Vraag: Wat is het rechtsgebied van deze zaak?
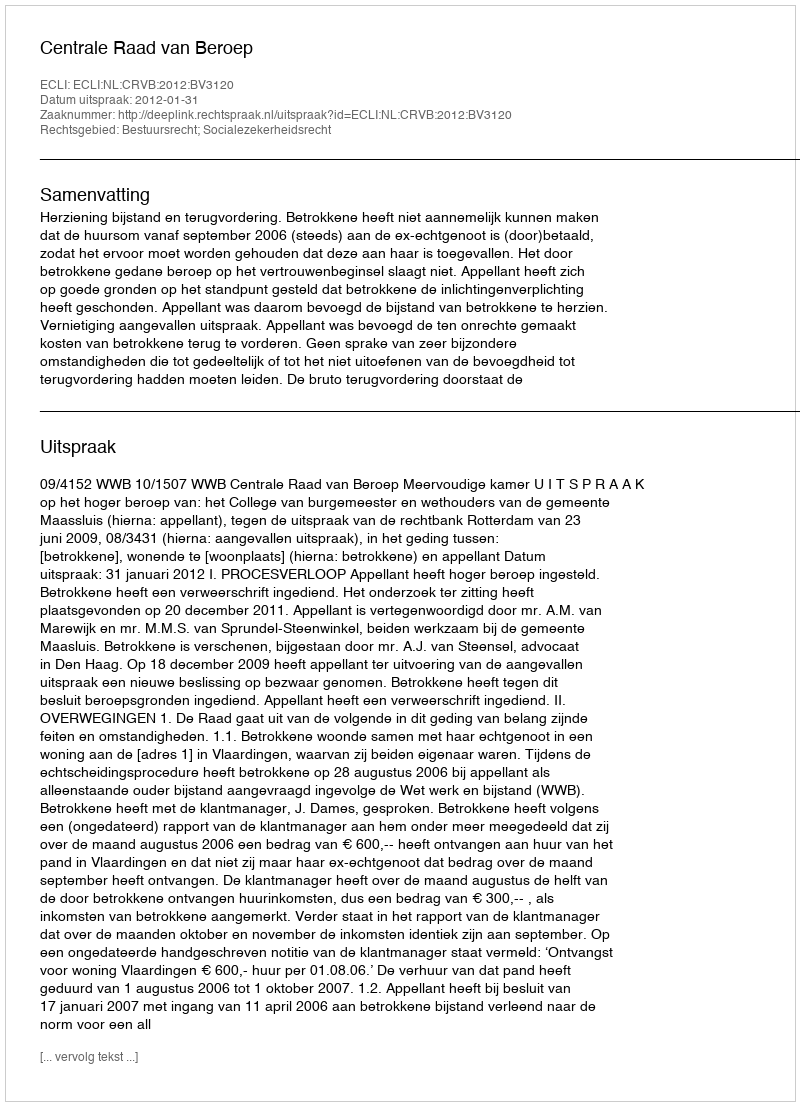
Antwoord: Bestuursrecht; Socialezekerheidsrecht